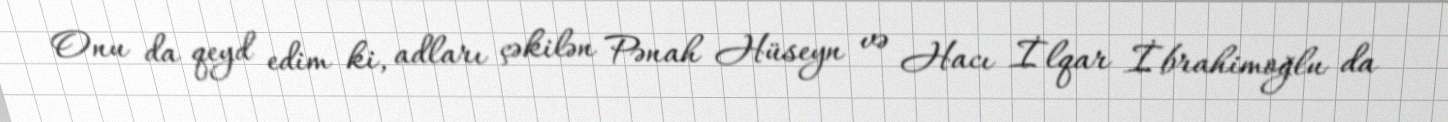
Onu da qeyd edim ki, adları çəkilən Pənah Hüseyn və Hacı İlqar İbrahimoğlu da